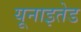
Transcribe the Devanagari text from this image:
यूनाइतेड